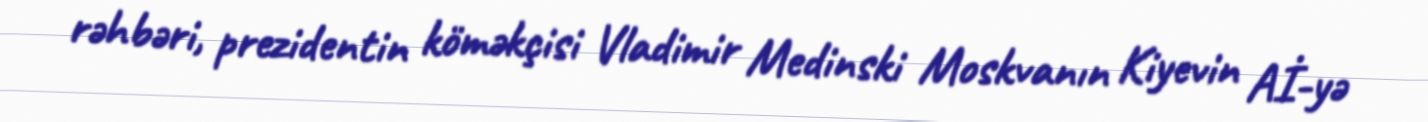
rəhbəri, prezidentin köməkçisi Vladimir Medinski Moskvanın Kiyevin Aİ-yə